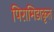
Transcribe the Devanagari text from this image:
पिरामिडाकृत